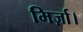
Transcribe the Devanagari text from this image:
मिर्ज़ा।